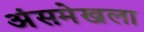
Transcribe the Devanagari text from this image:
अंसमेखला